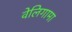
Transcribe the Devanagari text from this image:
वेलिगामा